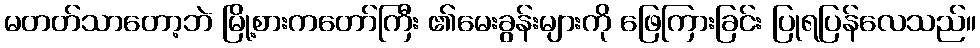
မတတ်သာတော့ဘဲ မြို့စားကတော်ကြီး ၏မေးခွန်းများကို ဖြေကြားခြင်း ပြုရပြန်လေသည်။